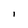
Character: I